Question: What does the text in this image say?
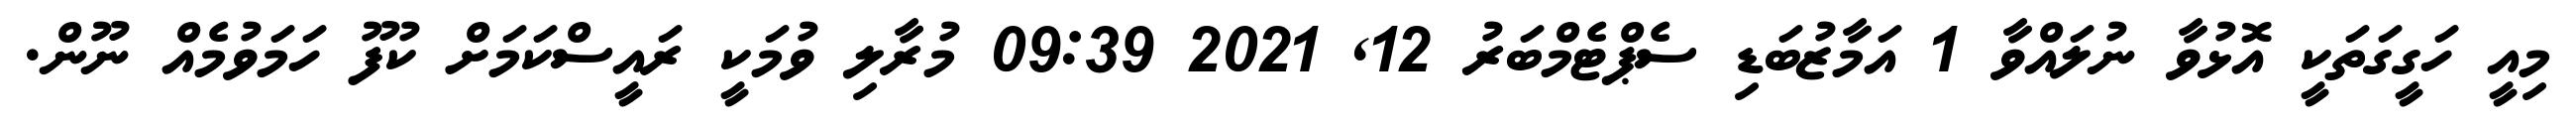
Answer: މިއީ ހަގީގަތަކީ އޮޅުވާ ނުލައްވާ 1 އަމާޒުބަޑި ސެޕްޓެމްބަރު 12, 2021 09:39 މުރާލި ވުމަކީ ރައީސްކަމަށް ކުފޫ ހަމަވުމެއް ނޫން.